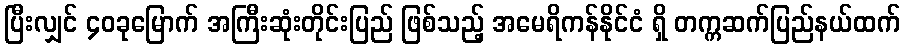
ပြီးလျှင် ၄၀ခုမြောက် အကြီးဆုံးတိုင်းပြည် ဖြစ်သည့် အမေရိကန်နိုင်ငံ ရှိ တက္ကဆက်ပြည်နယ်ထက်